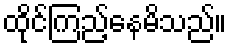
ထိုင်ကြည့်နေမိသည်။